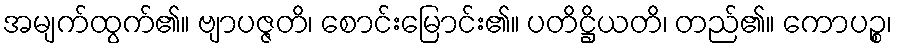
အမျက်ထွက်၏။ ဗျာပဇ္ဇတိ၊ စောင်းမြောင်း၏။ ပတိဋ္ဌိယတိ၊ တည်၏။ ကောပဉ္စ၊